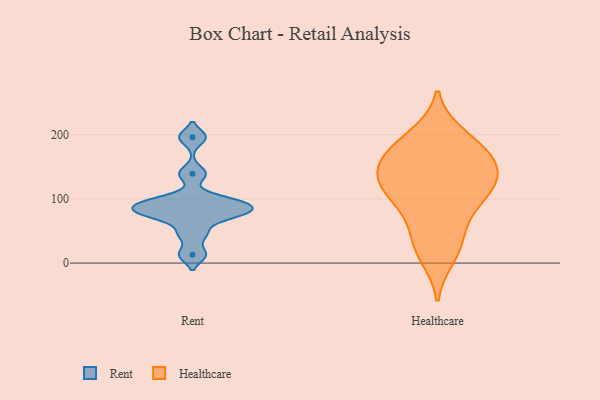
{"axis": {"x": "Page Views", "y": "Value"}, "legend": ["Healthcare", "Rent"], "data": [{"x": "", "y": 74, "type": "Rent"}, {"x": "", "y": 139, "type": "Rent"}, {"x": "", "y": 196, "type": "Rent"}, {"x": "", "y": 13, "type": "Rent"}, {"x": "", "y": 98, "type": "Rent"}, {"x": "", "y": 85, "type": "Rent"}, {"x": "", "y": 96, "type": "Rent"}, {"x": "", "y": 74, "type": "Rent"}, {"x": "", "y": 46, "type": "Rent"}, {"x": "", "y": 86, "type": "Rent"}, {"x": "", "y": 118, "type": "Healthcare"}, {"x": "", "y": 85, "type": "Healthcare"}, {"x": "", "y": 152, "type": "Healthcare"}, {"x": "", "y": 112, "type": "Healthcare"}, {"x": "", "y": 174, "type": "Healthcare"}, {"x": "", "y": 190, "type": "Healthcare"}, {"x": "", "y": 29, "type": "Healthcare"}, {"x": "", "y": 38, "type": "Healthcare"}, {"x": "", "y": 162, "type": "Healthcare"}, {"x": "", "y": 198, "type": "Healthcare"}, {"x": "", "y": 129, "type": "Healthcare"}, {"x": "", "y": 85, "type": "Healthcare"}, {"x": "", "y": 127, "type": "Healthcare"}, {"x": "", "y": 166, "type": "Healthcare"}, {"x": "", "y": 132, "type": "Healthcare"}, {"x": "", "y": 11, "type": "Healthcare"}]}